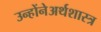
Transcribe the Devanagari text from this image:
उन्होंनेअर्थशास्त्र